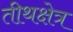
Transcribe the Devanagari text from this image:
तीथक्षेत्र